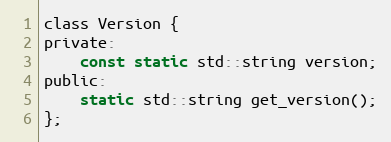
Language: C
class Version {
private:
    const static std::string version;
public:
    static std::string get_version();
};